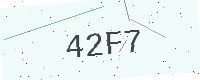
Text: 42F7